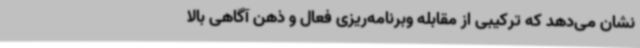
نشان می‌دهد که ترکیبی از مقابله وبرنامه‌ریزی فعال و ذهن آگاهی بالا